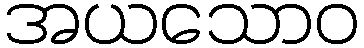
အယသောဝ